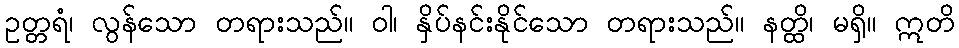
ဥတ္တရံ၊ လွန်သော တရားသည်။ ဝါ၊ နှိပ်နင်းနိုင်သော တရားသည်။ နတ္ထိ၊ မရှိ။ ဣတိ